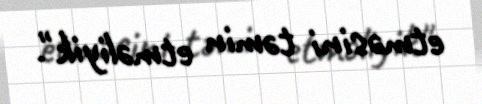
etməsini təmin etməliyik".